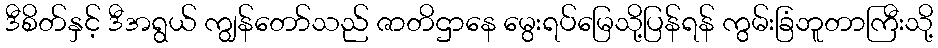
ဒီစိတ်နှင့် ဒီအရွယ် ကျွန်တော်သည် ဇာတိဌာနေ မွေးရပ်မြေသို့ပြန်ရန် ကွမ်းခြံဘူတာကြီးသို့